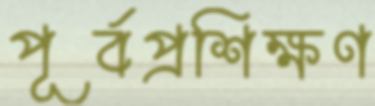
পূর্বপ্রশিক্ষণ